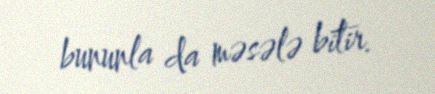
bununla da məsələ bitir.